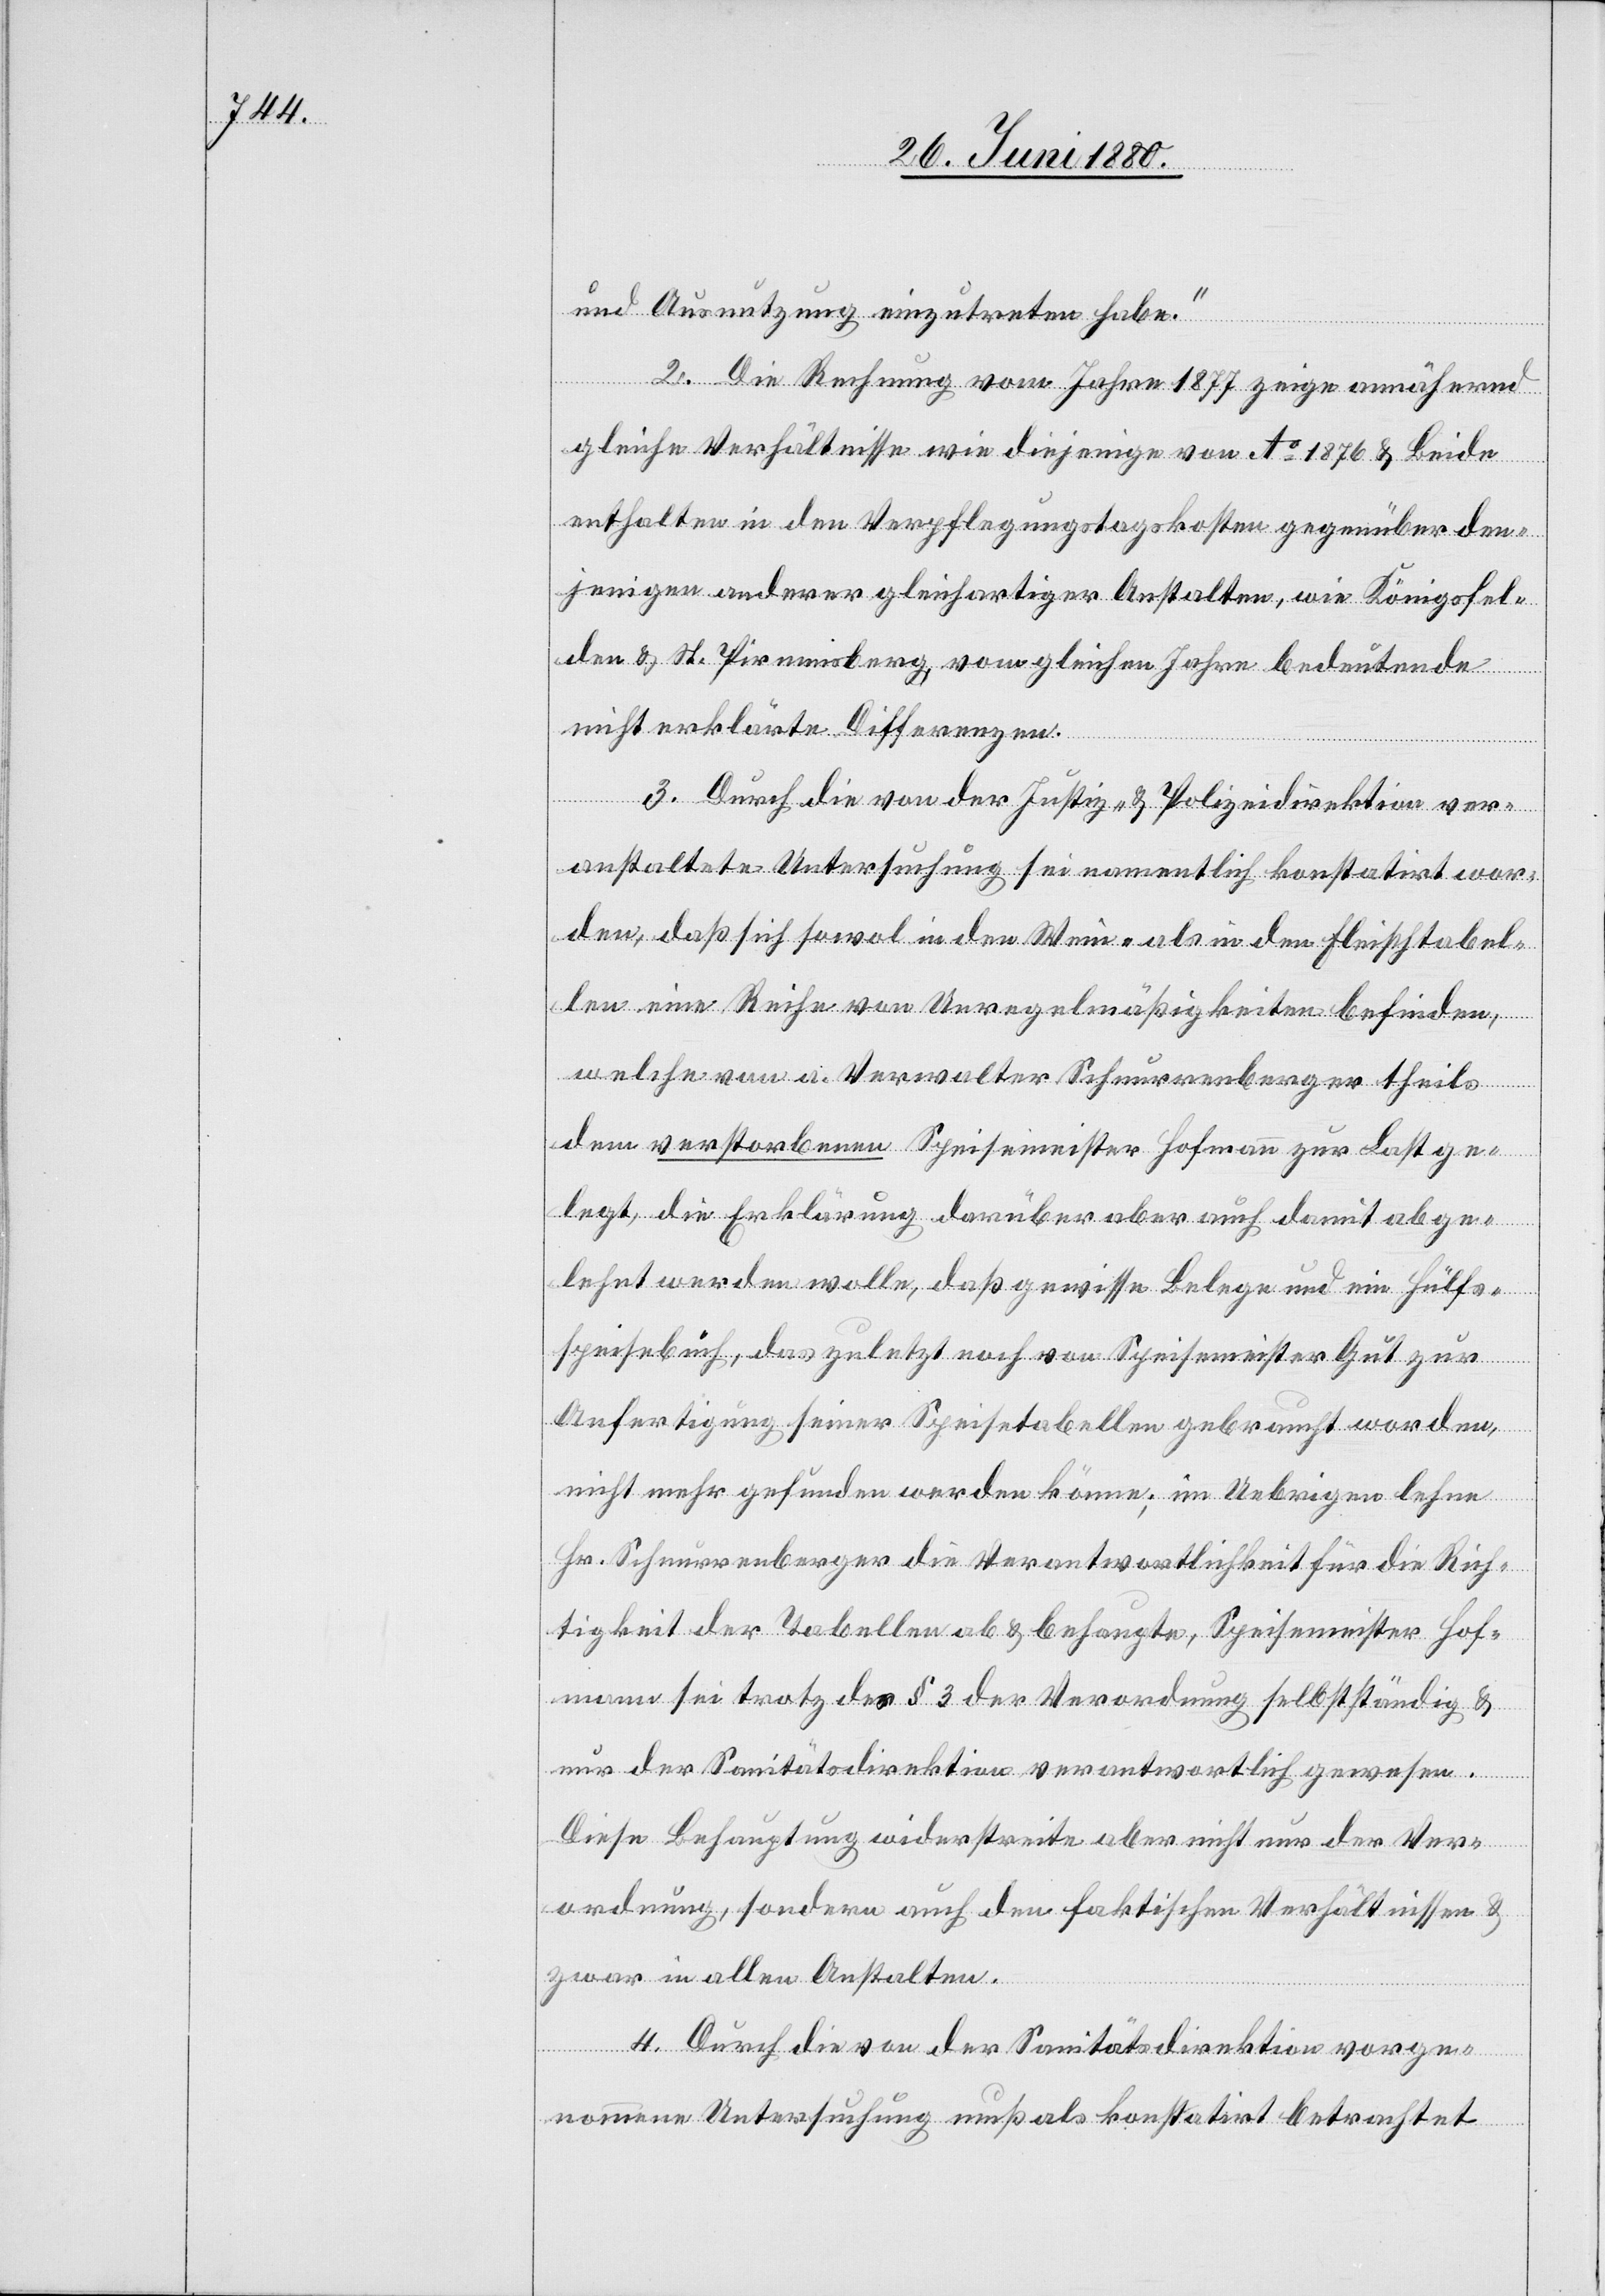
uns Ausnutzung einzutreten habe.“
2. Die Rechnung vom Jahre 1877 zeige annähernd
gleiche Verhältnisse wie diejenige von Aa 1876 & Beide
enthalten in den Verpflegungstagskosten gegenüber den¬
jenigen anderer gleichartiger Anstalten, wie Königsfel¬
den & St. Pirnmisberg von gleichen Jahren bedeutende
nicht erklärte Differenzen.
3. Durch die von der Justiz- & Polizeidirektion ver¬
anstaltete Untersuchung sei namentlich konstatirt wor¬
den, daß sich sowol in der Wein- als in den Fleischtabel¬
len eine Reihe von Unregelmäßigkeiten befinden,
welche von a. Verwalter Schnurrenberger theils
dem verstorbenen Speisemeister Hofmann zur Last ge¬
legt, die Erklärung darüber auch damit abge¬
lehnt werden wolle, daß gewisse Belege und ein Hülfs¬
speisebuch, das zuletzt noch von Speisemeister Gut zur
Anfertigung seiner Speisetabellen gebraucht worden,
nicht mehr gefunden werden könne; im Uebrigen lehne
Hr. Schnurrenberger die Verantwortlichkeit für die Rich¬
tigkeit der Tabellen ab & behaupte, Speisemeister Hof¬
mann sei trotz des § 3 der Verordnung selbstständig &
nur der Sanitätsdirektion verantwortlich gewesen.
Diese Behauptung widerstreite aber nicht nur der Ver¬
ordnung, sondern auch den faktischen Verhältnissen &
zwar in allen Anstalten.
4. Durch die von der Sanitätsdirektion vorge¬
nommene Untersuchung muß als konstatirt betrachtet